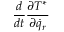
\frac { d } { d t } \frac { \partial T ^ { * } } { \partial { \dot { q } } _ { r } }